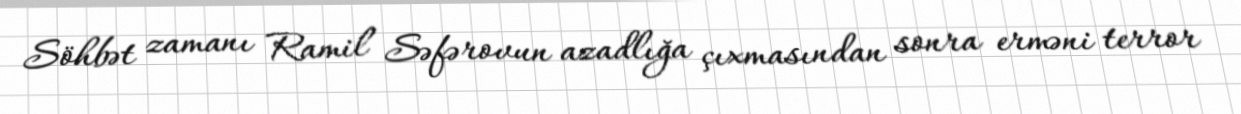
Söhbət zamanı Ramil Səfərovun azadlığa çıxmasından sonra erməni terror